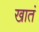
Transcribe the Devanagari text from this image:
खातं